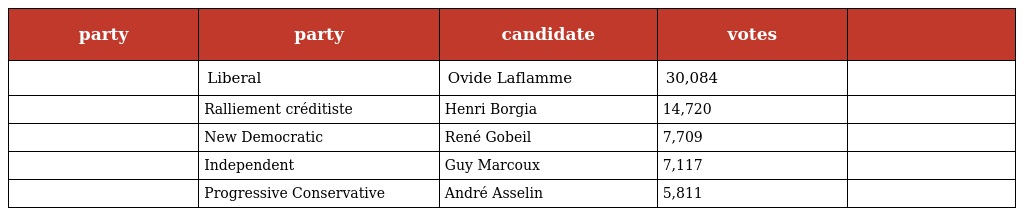
| party | party | candidate | votes |  |
 | --- | --- | --- | --- | --- |
 |  | Liberal | Ovide Laflamme | 30,084 |  |
 |  | Ralliement créditiste | Henri Borgia | 14,720 |  |
 |  | New Democratic | René Gobeil | 7,709 |  |
 |  | Independent | Guy Marcoux | 7,117 |  |
 |  | Progressive Conservative | André Asselin | 5,811 |  |